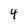
Character: 4